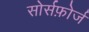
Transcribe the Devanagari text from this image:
सोर्सफ़ोर्ज